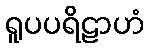
ရူပပရိဠာဟံ